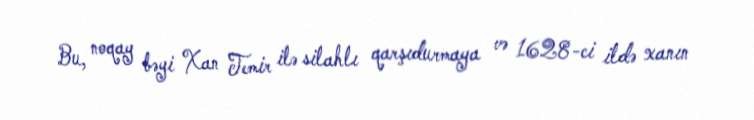
Bu, noqay bəyi Xan Temir ilə silahlı qarşıdurmaya və 1628-ci ildə xanın